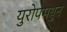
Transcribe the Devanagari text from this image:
युरोपमधुन